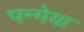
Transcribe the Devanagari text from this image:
पन्गेया